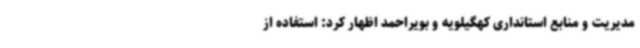
مدیریت و منابع استانداری کهگیلویه و بویراحمد اظهار کرد: استفاده از